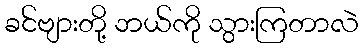
ခင်ဗျားတို့ ဘယ်ကို သွားကြတာလဲ